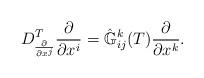
LaTeX: \begin{align*}D^T_{\frac{\partial}{\partial x^j}}\frac{\partial}{\partial x^i}=\hat{\mathbb{G}}^k_{ij}(T)\frac{\partial}{\partial x^k}.\end{align*}